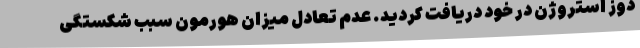
دوز استروژن در خود دریافت کردید. عدم تعادل میزان هورمون سبب شکستگی